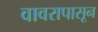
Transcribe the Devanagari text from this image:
वावरापासून